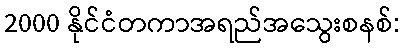
2000 နိုင်ငံတကာအရည်အသွေးစနစ်: